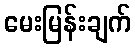
မေးမြန်းချက်